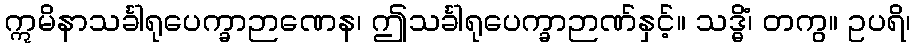
ဣမိနာသင်္ခါရုပေက္ခာဉာဏေန၊ ဤသင်္ခါရုပေက္ခာဉာဏ်နှင့်။ သဒ္ဓိံ၊ တကွ။ ဥပရိ၊